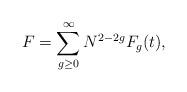
LaTeX: \begin{align*}F=\sum_{g\ge 0 }^\infty N^{2-2g} F_g(t),\end{align*}